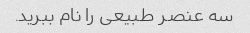
سه عنصر طبیعی را نام ببرید.